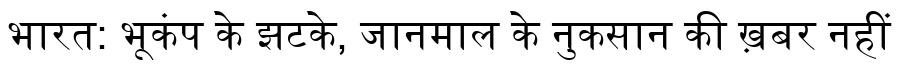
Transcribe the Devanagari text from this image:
भारत: भूकंप के झटके, जानमाल के नुकसान की ख़बर नहीं